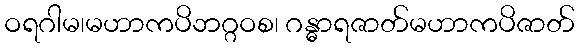
ဝရဂါမ၊မဟာကပိဘဂ္ဂဝစ၊ ဂန္ဓာရဇာတ်မဟာကပိဇာတ်